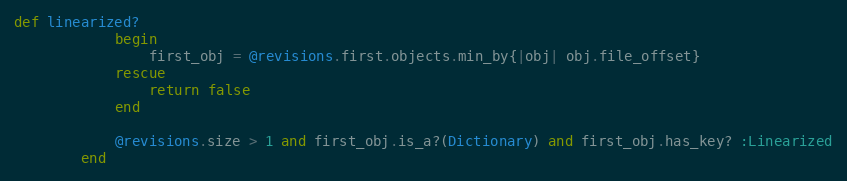
Language: Ruby
def linearized?
            begin
                first_obj = @revisions.first.objects.min_by{|obj| obj.file_offset}
            rescue
                return false
            end

            @revisions.size > 1 and first_obj.is_a?(Dictionary) and first_obj.has_key? :Linearized
        end